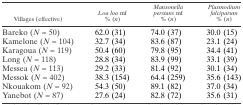
| Villages (effective) | Loa loa mf % (n) | Mansonella perstans mf % (n) | Plasmodium falciparum % (n) |
 | --- | --- | --- | --- |
 | Bareko (N = 50) | 62.0 (31) | 74.0 (37) | 30.0 (15) |
 | Kamelone (N = 104) | 32.7 (34) | 83.6 (87) | 23.1 (24) |
 | Karagoua (N = 119) | 50.4 (60) | 79.8 (95) | 34.4 (41) |
 | Long (N = 118) | 28.8 (34) | 83.9 (99) | 33.1 (39) |
 | Messea (N = 113) | 29.2 (33) | 81.4 (92) | 30.1 (34) |
 | Messok (N = 402) | 38.3 (154) | 64.4 (259) | 35.6 (143) |
 | Nkouakom (N = 92) | 54.3 (50) | 89.1 (82) | 37.0 (34) |
 | Yanebot (N = 87) | 27.6 (24) | 82.8 (72) | 35.6 (31) |